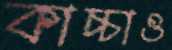
কাচ্চাও